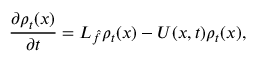
\frac { \partial \rho _ { t } ( x ) } { \partial t } = { \cal { L } } _ { \hat { f } } \rho _ { t } ( x ) - U ( x , t ) \rho _ { t } ( x ) ,